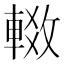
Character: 𬧶